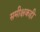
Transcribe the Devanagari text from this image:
समीक्षकही